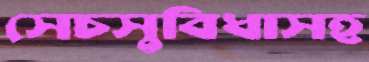
সেচসুবিধাসহ